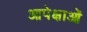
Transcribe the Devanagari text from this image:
आपेक्षाओं